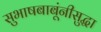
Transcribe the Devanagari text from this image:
सुभाषबाबूंनीसुद्धा